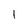
Character: I